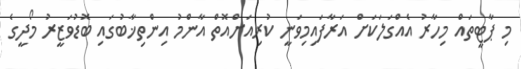
މި ޕާޓީތައް މިހާރު އެއްގަލަކަށް އަރާފައިމިވަނީ ކުރިއަށްއޮތް އާންމު އިންތިޚާބުގައި ބޮޑުވަޒީރު މޯދީގެ